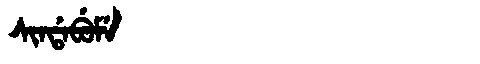
Manchu: ᠰᡳᠨᡩᠠᠪᡠᠮᡝ
Romanization: SINDABUME